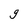
Character: g